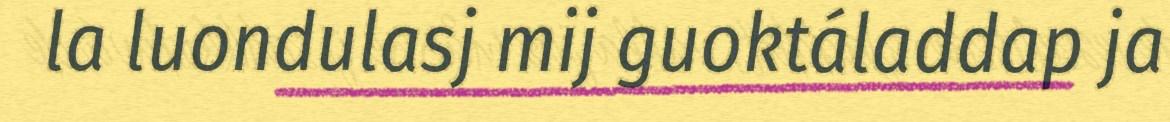
la luondulasj mij guoktáladdap ja